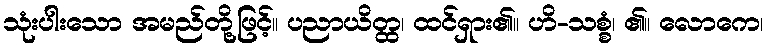
သုံးပါးသော အမည်တို့ဖြင့်။ ပညာယိတ္ထ၊ ထင်ရှား၏။ ဟိ-သစ္စံ၊ ၏။ လောကေ၊